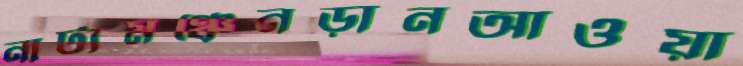
নাট্যমঞ্চেনড়ানআওয়া